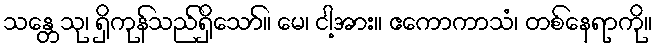
သန္တေသု၊ ရှိကုန်သည်ရှိသော်။ မေ၊ ငါ့အား။ ဧကောကာသံ၊ တစ်နေရာကို။